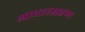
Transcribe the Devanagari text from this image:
आधारग्रहण